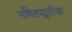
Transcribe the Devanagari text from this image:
गणितपद्धतींवर